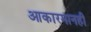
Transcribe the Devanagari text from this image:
आकारमानही